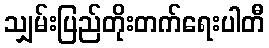
သျှမ်းပြည်တိုးတက်ရေးပါတီ